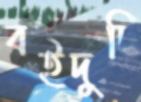
বইদুটি